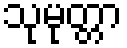
သုမုတ္တာ